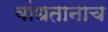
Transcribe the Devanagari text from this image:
बांधतानाच